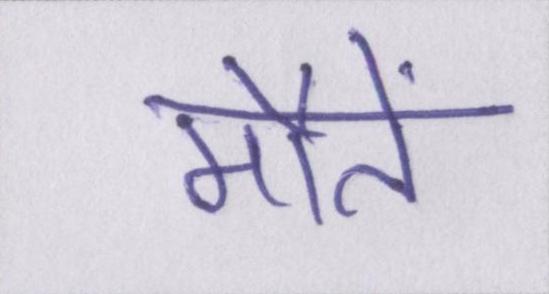
मौतें